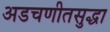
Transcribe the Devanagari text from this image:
अडचणीतसुद्धा